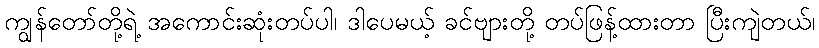
ကျွန်တော်တို့ရဲ့ အကောင်းဆုံးတပ်ပါ၊ ဒါပေမယ့် ခင်ဗျားတို့ တပ်ဖြန့်ထားတာ ပြီးကျဲတယ်၊